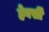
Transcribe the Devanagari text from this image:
हेवर्सी